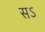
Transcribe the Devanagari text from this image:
सऽ